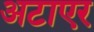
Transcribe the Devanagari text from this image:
अटाएर